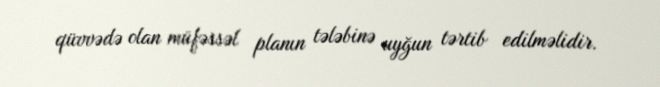
qüvvədə olan müfəssəl planın tələbinə uyğun tərtib edilməlidir.